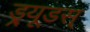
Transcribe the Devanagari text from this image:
ड्र्यूडस्